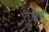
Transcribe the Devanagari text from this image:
त्वैष